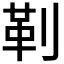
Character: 𪟋